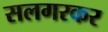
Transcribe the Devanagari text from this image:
सलगरकर